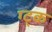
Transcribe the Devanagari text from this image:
ग्ट्क